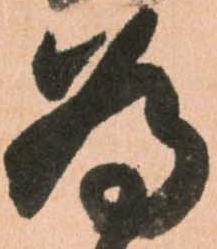
為